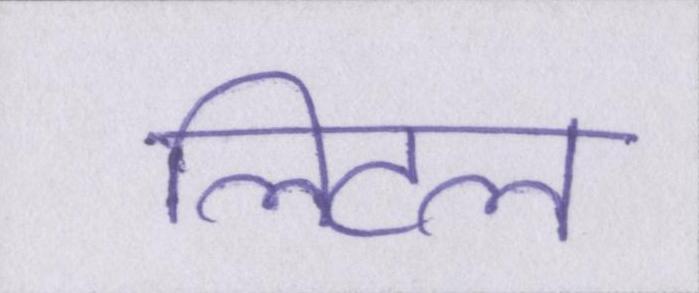
लिटल